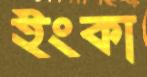
ইংকা